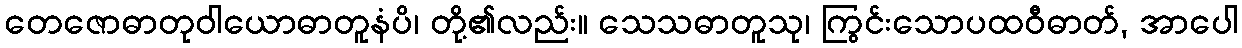
တေဇောဓာတုဝါယောဓာတူနံပိ၊ တို့၏လည်း။ သေသဓာတူသု၊ ကြွင်းသောပထဝီဓာတ်, အာပေါ